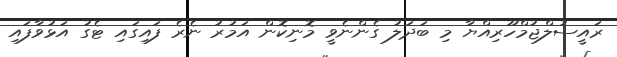
ރައީސުލްޖުމްހޫރިއްޔާ މި ބަދަލު ގެންނެވީ މޮނިކޮން އަމުރު ނެރެ ފައިގައި ޓެގު އަޅުވާފައި